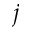
j